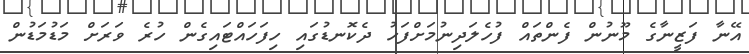
އޭނާ ފަޒީނާގެ މޫނުން ފެންތައް ފުހެލަދިނުމަށްފަހު ދެކޮނޑުގައި ހިފަހައްޓައިގެން ހުރެ ވަރަށް މަޑުމަޑުން